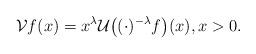
LaTeX: \begin{align*} \mathcal{V}f (x) = x^{\lambda} \mathcal{U}\big( (\cdot)^{-\lambda} f \big) (x), x > 0.\end{align*}